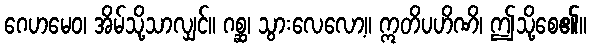
ဂေဟမေဝ၊ အိမ်သို့သာလျှင်။ ဂစ္ဆ၊ သွားလေလော့။ ဣတိပဟိဏိ၊ ဤသို့စေ၏။